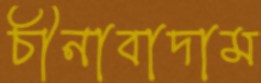
চীনাবাদাম